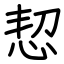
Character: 恝